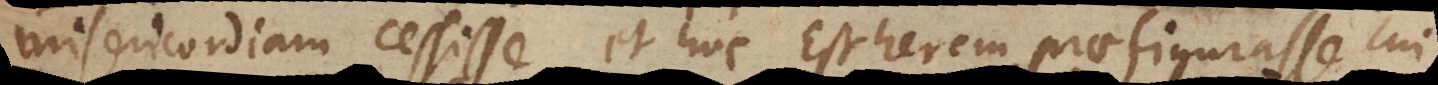
misericordiam cessisse, et hoc Estherem praefigurasse cui